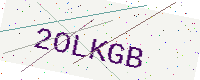
Text: 2OLKGB